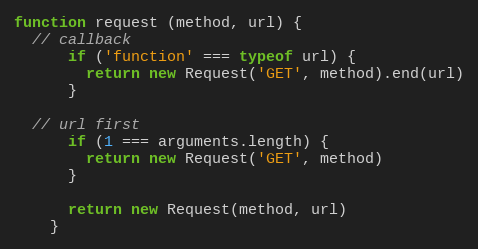
Language: JavaScript
function request (method, url) {
  // callback
      if ('function' === typeof url) {
        return new Request('GET', method).end(url)
      }

  // url first
      if (1 === arguments.length) {
        return new Request('GET', method)
      }

      return new Request(method, url)
    }